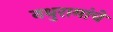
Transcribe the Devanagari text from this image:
नथुरामांचे